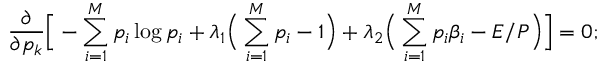
\frac { \partial } { \partial p _ { k } } \Big [ - \sum _ { i = 1 } ^ { M } p _ { i } \log p _ { i } + \lambda _ { 1 } \Big ( \sum _ { i = 1 } ^ { M } p _ { i } - 1 \Big ) + \lambda _ { 2 } \Big ( \sum _ { i = 1 } ^ { M } p _ { i } \beta _ { i } - E / P \Big ) \Big ] = 0 ;